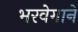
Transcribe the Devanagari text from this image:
भरवेगाने